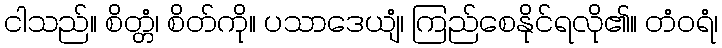
ငါသည်။ စိတ္တံ၊ စိတ်ကို။ ပသာဒေယျံ၊ ကြည်စေနိုင်ရလို၏။ တံဝရံ၊